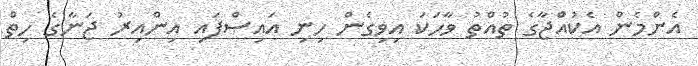
އެންމެން އެކުއްޖާގެ ތުއްތު ވާހަކަ އިވިގެން ހިނި އައިސްފައި އިންއިރު ޖަނާގެ ހިތް